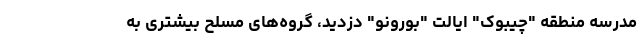
مدرسه منطقه "چیبوک" ایالت "بورونو" دزدید، گروه‌های مسلح بیشتری به